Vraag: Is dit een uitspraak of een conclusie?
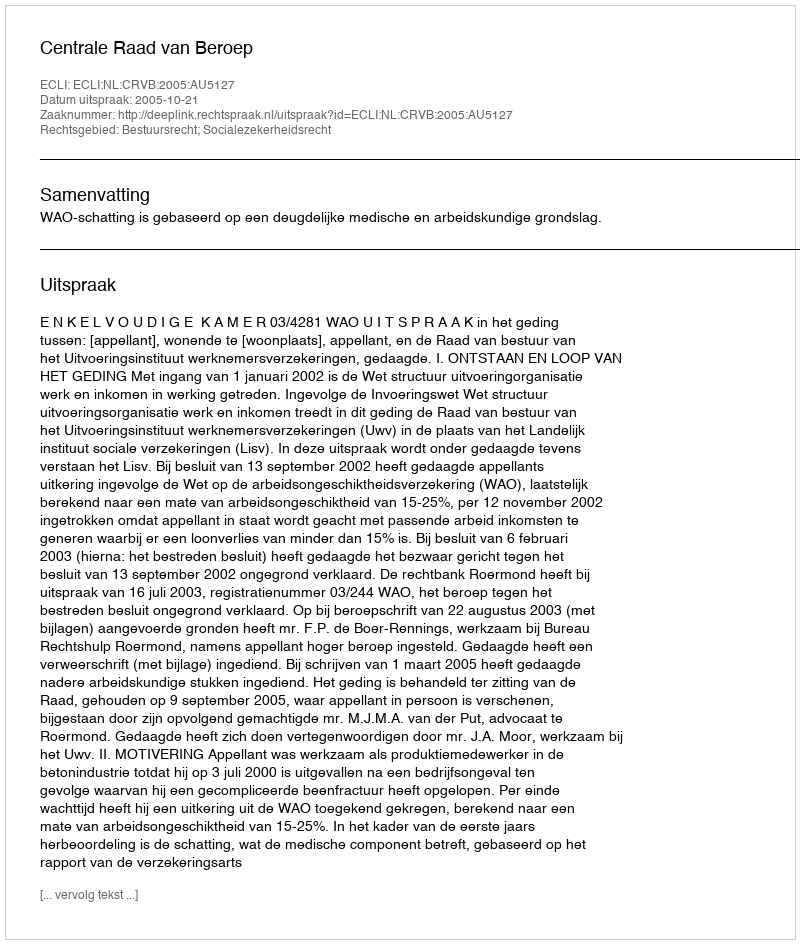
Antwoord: Uitspraak